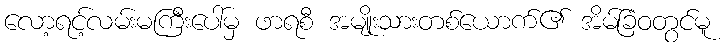
လော့ရင့်လမ်းမကြီးပေါ်မှ ဖာရစီ အမျိုးသားတစ်ယောက်၏ အိမ်ခြံဝတွင်မူ